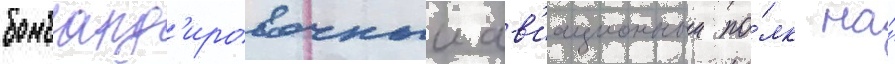
бомбард'ировочныи ав'иационныи по́лк на́